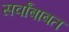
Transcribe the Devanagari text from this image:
सर्वांबाबत